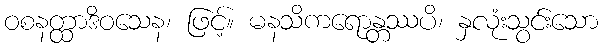
ဝစနတ္ထာဒိဝသေန၊ ဖြင့်။ မနသိကရောန္တဿပိ၊ နှလုံးသွင်းသော